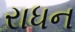
રાધન